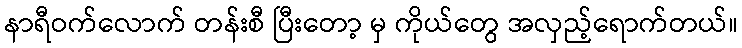
နာရီဝက်လောက် တန်းစီ ပြီးတော့ မှ ကိုယ်တွေ အလှည့်ရောက်တယ်။